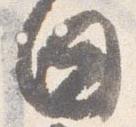
日